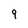
Character: 9